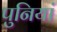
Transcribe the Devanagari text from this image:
पुनियां